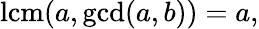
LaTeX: \operatorname{lcm}(a,\operatorname*{gcd}(a,b))=a,